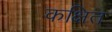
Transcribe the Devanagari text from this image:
कक्षित